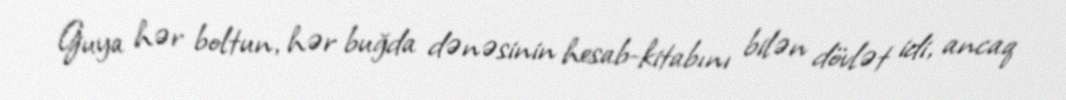
Guya hər boltun, hər buğda dənəsinin hesab-kitabını bilən dövlət idi, ancaq